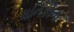
ધનિકોના